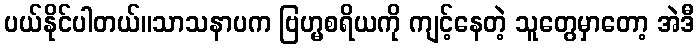
ပယ်နိုင်ပါတယ်။သာသနာပက ဗြဟ္မစရိယကို ကျင့်နေတဲ့ သူတွေမှာတော့ အဲဒီ